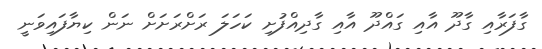
ގާފަރާއި ގާދޫ އާއި ގައްދޫ އާއި ގާދިއްފުށި ކަހަލަ ރަށްރަށަށް ނަން ކިޔާފައިވަނީ